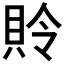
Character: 𰶾